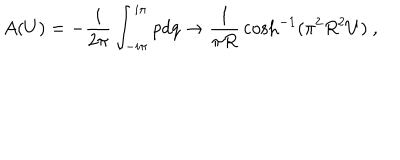
A ( U ) = - { \frac { i } { 2 \pi } } \int _ { - i \pi } ^ { i \pi } p d q \rightarrow { \frac { 1 } { \pi R } } \cosh ^ { - 1 } ( \pi ^ { 2 } R ^ { 2 } U ) \ ,